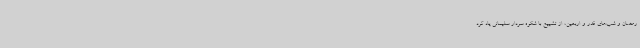
رمضان و شب‌های قدر و اربعین، از تشییع با شکوه سردار سلیمانی یاد کرد